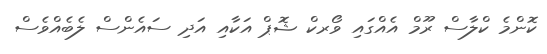
ކޮންމެ ކްލާސް ރޫމް އެއްގައި ވޯރކް ޝޮޕް އަކާއި އަދި ސައެންސް ލެބެއްވެސް